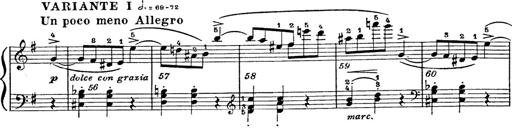
Title: 6 Polish Songs
Composer: Franz Liszt